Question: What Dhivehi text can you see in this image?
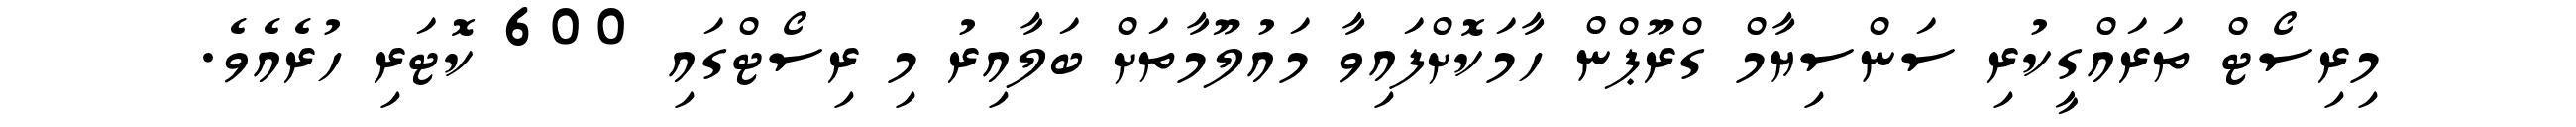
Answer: މިރިސޯޓް ތަރައްގީކުރި ސަންސިޔާމް ގްރޫޕްން ހާމަކޮށްފައިވާ މައުލޫމާތަށް ބަލާއިރު މި ރިސޯޓްގައި 600 ކޮޓަރި ހުރެއެވެ.